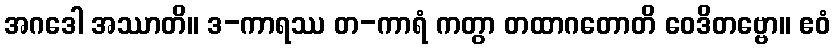
အဂဒေါ အဿာတိ။ ဒ-ကာရဿ တ-ကာရံ ကတွာ တထာဂတောတိ ဝေဒိတဗ္ဗော။ ဧဝံ